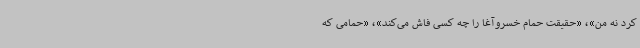
کرد نه من»، «حقیقت حمام خسروآغا را چه کسی فاش می‌کند»، «حمامی که